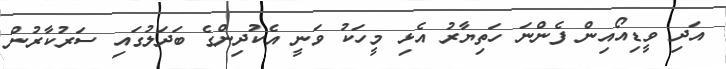
އަދި ވީޑިއޯއިން ފެންނަ ހަތިޔާރު އެޅި މީހަކު ވަނީ އެކުދިންގެ ބަދަލުގައި ސަރުކާރުން